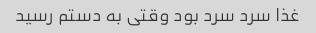
غذا سرد سرد بود وقتی به دستم رسید